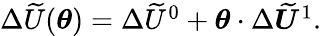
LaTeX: \begin{array}{r}{\Delta\widetilde U(\boldsymbol{\theta})=\Delta\widetilde U^{0}+\boldsymbol{\theta}\cdot\Delta\boldsymbol{\widetilde{U}}^{1}.}\end{array}